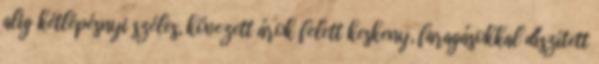
alig kétlépésnyi széles, kövezett árok felett keskeny, faragásokkal díszített